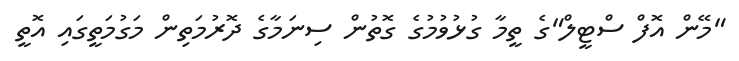
"މޭން އޮފް ސްޓީލް"ގެ ތީމާ ގުޅުވުމުގެ ގޮތުން ސިނަމާގެ ދޮރުމަތިން މަގުމަތީގައި އޮތީ